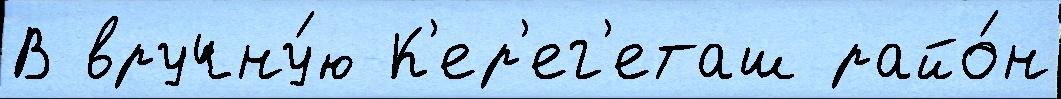
В вручну́ю К'ер'ег'еташ райо́н